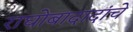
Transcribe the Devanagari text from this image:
राघोबादादांचे